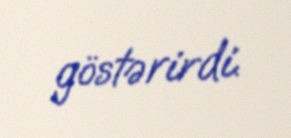
göstərirdi.